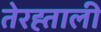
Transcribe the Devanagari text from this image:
तेरह्ताली